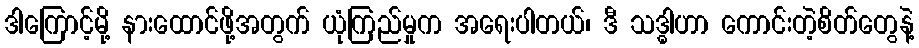
ဒါကြောင့်မို့ နားထောင်ဖို့အတွက် ယုံကြည်မှုက အရေးပါတယ်၊ ဒီ သဒ္ဓါဟာ ကောင်းတဲ့စိတ်တွေနဲ့